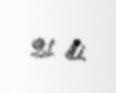
21 ili.